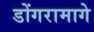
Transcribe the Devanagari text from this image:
डोंगरामागे